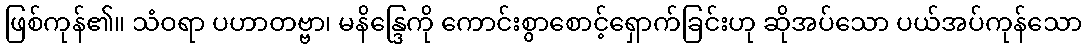
ဖြစ်ကုန်၏။ သံဝရာ ပဟာတဗ္ဗာ၊ မနိန္ဒြေကို ကောင်းစွာစောင့်ရှောက်ခြင်းဟု ဆိုအပ်သော ပယ်အပ်ကုန်သော